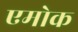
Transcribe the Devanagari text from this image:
एमोक